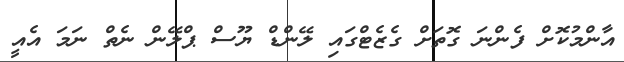
އާންމުކޮށް ފެންނަ ގޮތަށް ގެޒެޓްގައި ލޭންޑް ޔޫސް ޕްލޭން ނެތް ނަމަ އެއީ